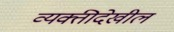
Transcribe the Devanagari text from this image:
व्यक्तीदेखील